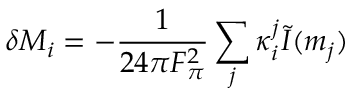
\delta M _ { i } = - { \frac { 1 } { 2 4 \pi F _ { \pi } ^ { 2 } } } \sum _ { j } \kappa _ { i } ^ { j } \tilde { I } ( m _ { j } )